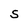
Character: S